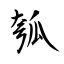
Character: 瓠